Civil Veterinary Department Bihar reports 1940-50 - 1940-1950
Year: 1940
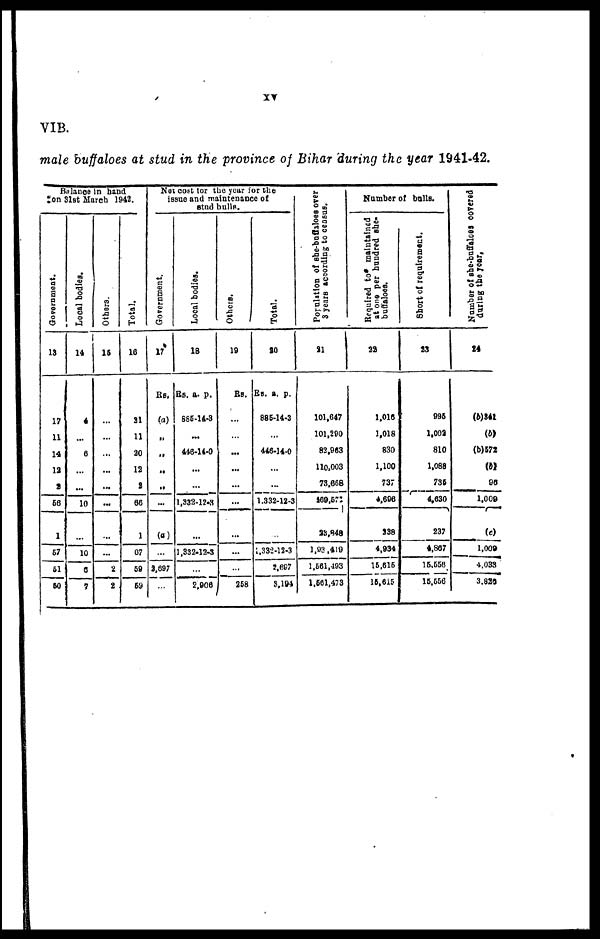
xv
VIB.
male buffaloes at stud in the province of Bihar during the year 1941-42.
Balance in hand
on 31st March 1942.
Government.
13
17
11
14
12
2
56
1
57
51
50
Local bodies.
14
4
...
6
...
...
10
...
10
5
7
Others.
15
...
...
...
...
...
...
...
...
2
2
Total.
16
21
11
20
12
2
66
1
67
59
59
Not cost for the year for the
issue and maintenance of
stud bulls.
Government.
17
Rs.
(a)
„
...
...
...
...
(a)
...
2,697
...
Local bodies.
18
Rs. a. p.
885-14-3
...
446-14-0
...
...
1,332-12-3
...
1,332-12-3
...
2,906
Others.
19
Rs.
...
...
...
...
...
...
...
...
...
258
Total.
20
Rs. a. p.
886-14-3
...
446-14-0
...
...
1,332-12-3
...
1,332 -12 -3
2,667
3,194
Population of she-buffaloes over
3 years according to census.
21
101,647
101,200
82,963
110,003
73,668
469,571
28,848
1,93,419
1,661,403
1,561,473
Number of bulls.
Required to maintained
at one per hundred she-
22
1,016
1,018
830
1,100
737
4,606
238
4,934
16,616
15,615
Short of requirement.
23
996
1,002
810
1,088
736
4,630
237
4,867
15,558
15,556
Number of she-buffaloes covered
during the year.
24
(b)341
(b)
(b)572
(b)
96
1,009
(c)
1,009
4,033
3,826